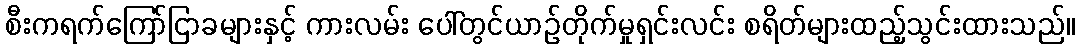
စီးကရက်ကြော်ငြာခများနှင့် ကားလမ်း ပေါ်တွင်ယာဉ်တိုက်မှုရှင်းလင်း စရိတ်များထည့်သွင်းထားသည်။